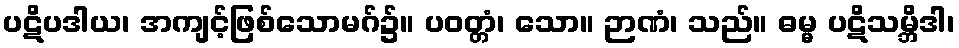
ပဋိပဒါယ၊ အကျင့်ဖြစ်သောမဂ်၌။ ပဝတ္တံ၊ သော။ ဉာဏံ၊ သည်။ ဓမ္မ ပဋိသမ္ဘိဒါ၊